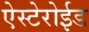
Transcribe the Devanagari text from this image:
ऐस्टेरोईड